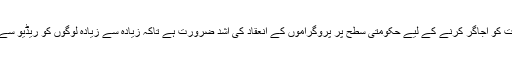
ریڈیو کی افادیت اور اہمیت کو اجاگر کرنے کے لیے حکومتی سطح پر پروگراموں کے انعقاد کی اشد ضرورت ہے تاکہ زیادہ سے زیادہ لوگوں کو ریڈیو سے روشناس کرایا جاسکے۔